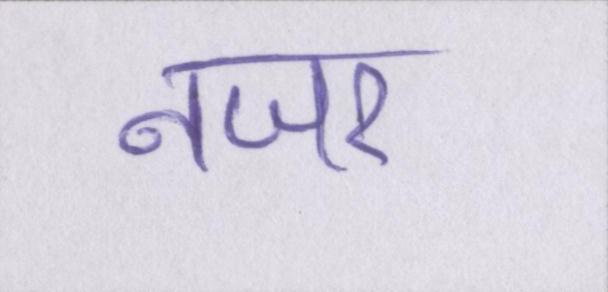
नजर